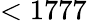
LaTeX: <1777